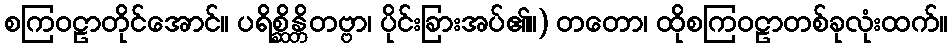
စကြဝဠာတိုင်အောင်။ ပရိစ္ဆိန္တိတဗ္ဗာ၊ ပိုင်းခြားအပ်၏။) တတော၊ ထိုစကြဝဠာတစ်ခုလုံးထက်။